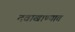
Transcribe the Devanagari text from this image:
दवाखाण्यात